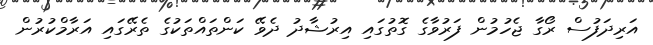
އަރިދަފުސް ރޯގާ ޖެހުމުން ފަރުވާގެ ގޮތުގައި އިރުޝާދު ދެވޭ ކަންތައްތަކުގެ ތެރޭގައި އަރާމްކުރުން